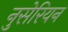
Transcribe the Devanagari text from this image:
नुसेरियन